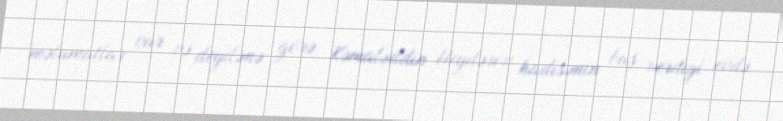
məlumatlar var və deyilənə görə, Kəmaləddin Heydərov hadisənin baş verdiyi evdə